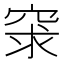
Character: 𥥽